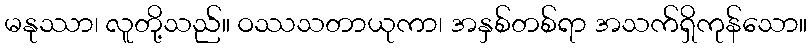
မနုဿာ၊ လူတို့သည်။ ဝဿသတာယုကာ၊ အနှစ်တစ်ရာ အသက်ရှိကုန်သော။